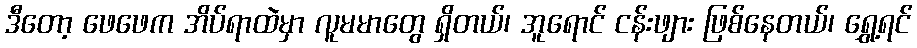
ဒီတော့ ဖေဖေက အိပ်ရာထဲမှာ လူမမာတွေ ရှိတယ်၊ အူရောင် ငန်းဖျား ဖြစ်နေတယ်၊ ရွှေ့ရင်